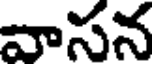
వాసన